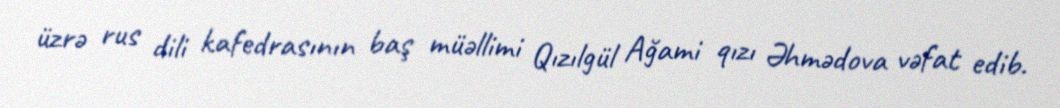
üzrə rus dili kafedrasının baş müəllimi Qızılgül Ağami qızı Əhmədova vəfat edib.